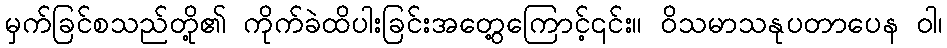
မှက်ခြင်စသည်တို့၏ ကိုက်ခဲထိပါးခြင်းအတွေ့ကြောင့်၎င်း။ ဝိသမာသနုပတာပေန ဝါ၊